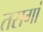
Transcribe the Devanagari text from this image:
तसगां